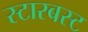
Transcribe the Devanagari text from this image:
स्टारबस्ट